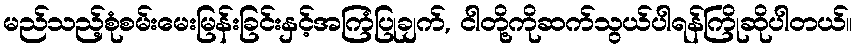
မည်သည့်စုံစမ်းမေးမြန်းခြင်းနှင့်အကြံပြုချက်, ငါတို့ကိုဆက်သွယ်ပါရန်ကြိုဆိုပါတယ်။